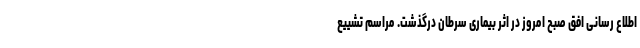
اطلاع رسانی افق صبح امروز در اثر بیماری سرطان درگذشت. مراسم تشییع